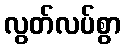
လွတ်လပ်စွာ